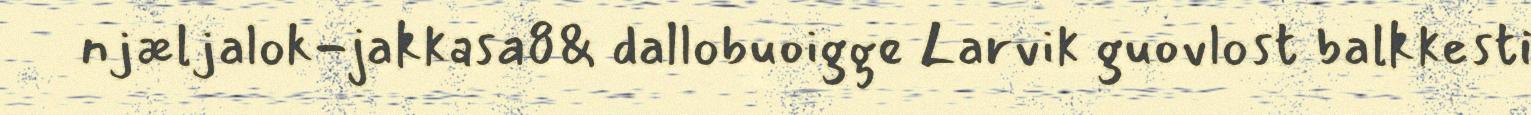
njæljalok-jakkasa8& dallobuoigge Larvik guovlost balkkesti